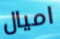
اميال